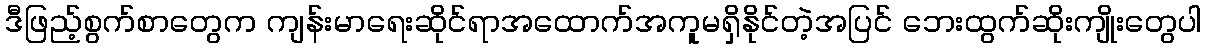
ဒီဖြည့်စွက်စာတွေက ကျန်းမာရေးဆိုင်ရာအထောက်အကူမရှိနိုင်တဲ့အပြင် ဘေးထွက်ဆိုးကျိုးတွေပါ